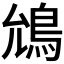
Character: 𮬯